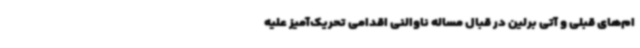
ام‌های قبلی و آتی برلین در قبال مساله ناوالنی اقدامی تحریک‌آمیز علیه